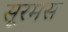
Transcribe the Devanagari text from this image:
सूरमस